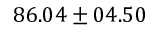
8 6 . 0 4 \pm 0 4 . 5 0